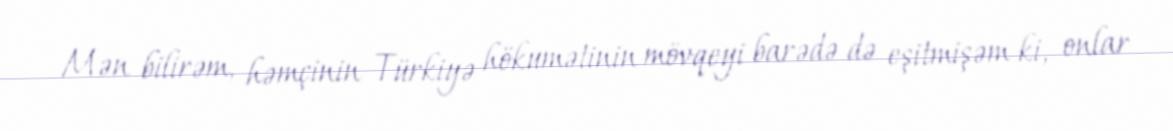
Mən bilirəm, həmçinin Türkiyə hökumətinin mövqeyi barədə də eşitmişəm ki, onlar